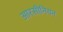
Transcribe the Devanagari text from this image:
आरसीनियन